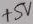
Text: +5V